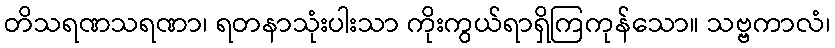
တိသရဏသရဏာ၊ ရတနာသုံးပါးသာ ကိုးကွယ်ရာရှိကြကုန်သော။ သဗ္ဗကာလံ၊